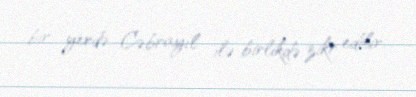
bir yerdə Cəbrayıl ilə birlikdə zikr edilir.